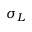
\sigma _ { L }